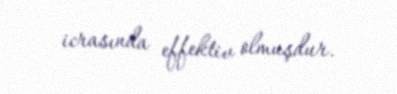
icrasında effektiv olmuşdur.